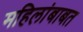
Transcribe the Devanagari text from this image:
महिलांबाबत